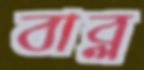
বাব্ল